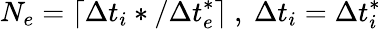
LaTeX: N_{e}=\lceil\Delta t_{i}*/\Delta t_{e}^{*}\rceil\ ,\ \Delta t_{i}=\Delta t_{i}^{*}